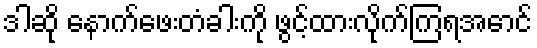
ဒါဆို နောက်ဖေးတံခါးကို ဖွင့်ထားလိုက်ကြရအောင်